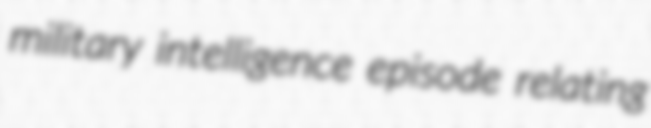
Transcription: military intelligence episode relating